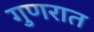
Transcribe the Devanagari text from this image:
गुणरात